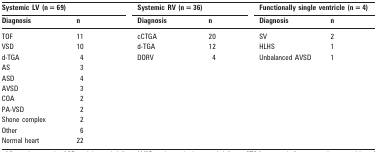
<table><thead><tr><td colspan="2"><b>Systemic LV (n = 69)</b></td><td colspan="2"><b>Systemic RV (n = 36)</b></td><td colspan="2"><b>Functionally single ventricle (n = 4)</b></td></tr><tr><td><b>Diagnosis</b></td><td><b>n</b></td><td><b>Diagnosis</b></td><td><b>n</b></td><td><b>Diagnosis</b></td><td><b>n</b></td></tr></thead><tbody><tr><td>TOF</td><td>11</td><td>cCTGA</td><td>20</td><td>SV</td><td>2</td></tr><tr><td>VSD</td><td>10</td><td>d-TGA</td><td>12</td><td>HLHS</td><td>1</td></tr><tr><td>d-TGA</td><td>4</td><td>DORV</td><td>4</td><td>Unbalanced AVSD</td><td>1</td></tr><tr><td>AS</td><td>3</td><td></td><td></td><td></td><td></td></tr><tr><td>ASD</td><td>4</td><td></td><td></td><td></td><td></td></tr><tr><td>AVSD</td><td>3</td><td></td><td></td><td></td><td></td></tr><tr><td>COA</td><td>2</td><td></td><td></td><td></td><td></td></tr><tr><td>PA-VSD</td><td>2</td><td></td><td></td><td></td><td></td></tr><tr><td>Shone complex</td><td>2</td><td></td><td></td><td></td><td></td></tr><tr><td>Other</td><td>6</td><td></td><td></td><td></td><td></td></tr><tr><td>Normal heart</td><td>22</td><td></td><td></td><td></td><td></td></tr></tbody></table>